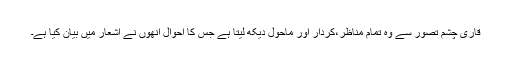
قاری چشم تصور سے وہ تمام مناظر،کردار اور ماحول دیکھ لیتا ہے جس کا احوال انھوں نے اشعار میں بیان کیا ہے۔